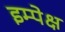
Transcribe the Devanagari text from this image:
इम्पेक्ष